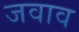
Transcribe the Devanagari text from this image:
जवाव